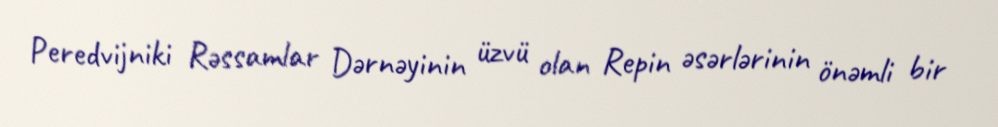
Peredvijniki Rəssamlar Dərnəyinin üzvü olan Repin əsərlərinin önəmli bir